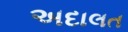
અદાલત